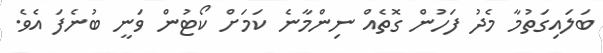
ބަލައިގަތުމާ މެދު ފަހުން ގޮތެއް ނިންމާނެ ކަމަށް ކޯޓުން ވަނީ ބުނެފަ އެވެ.